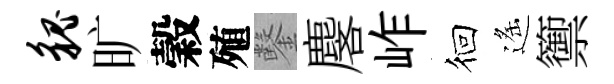
貌旷穀殖鑿麐岞徊遙籞